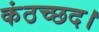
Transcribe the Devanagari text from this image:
कंठच्छद।